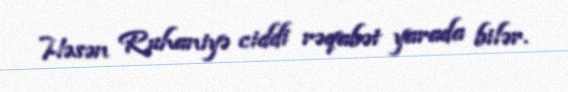
Həsən Ruhaniyə ciddi rəqabət yarada bilər.